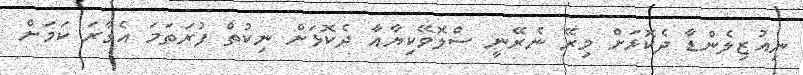
ނިއުޒިލެންޑާ ދެކޮޅަށް މިރޭ ނެރޭނީ ސްލޮވޭކިޔާއާ ދެކޮޅަށް ނިކުތް ފުރަތަމަ އެގާރަ ކަމަށް